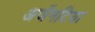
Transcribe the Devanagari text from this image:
अर्जेनटिया